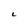
Character: L